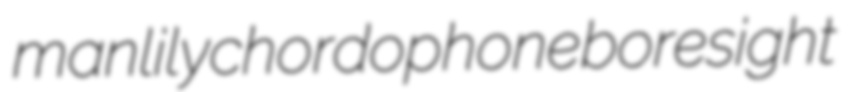
manlily chordophone boresight